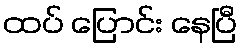
ထပ် ပြောင်း နေပြီ